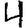
Digit: 4